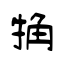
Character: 觕